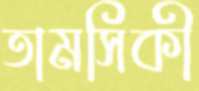
তামসিকী